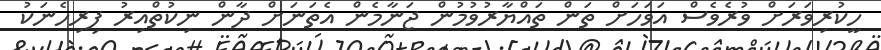
ހީކުރިވަރަށް ވުރެވެސް އަވަހަށް ތަން ތައްޔާރުވުމުން ޖަނާމެން އެތަނަށް ދާން ނިކުތްއިރު ފިރިހެނަކު